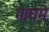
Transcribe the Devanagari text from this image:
माघमे